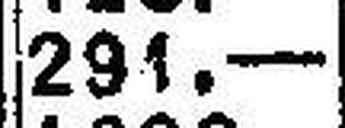
291.—